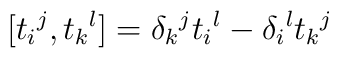
[ t_i{}^j, t_k{}^l ] = \delta _k{}^j t_i{}^l - \delta _i{}^l t_k{}^j